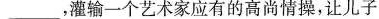
_______，灌输一个艺术家应有的高尚情操，让儿子